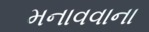
મનાવવાના